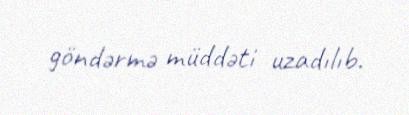
göndərmə müddəti uzadılıb.